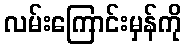
လမ်းကြောင်းမှန်ကို